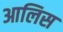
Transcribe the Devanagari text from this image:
आलिस